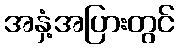
အနှံ့အပြားတွင်